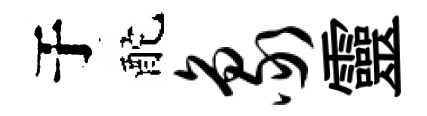
于酡象靈